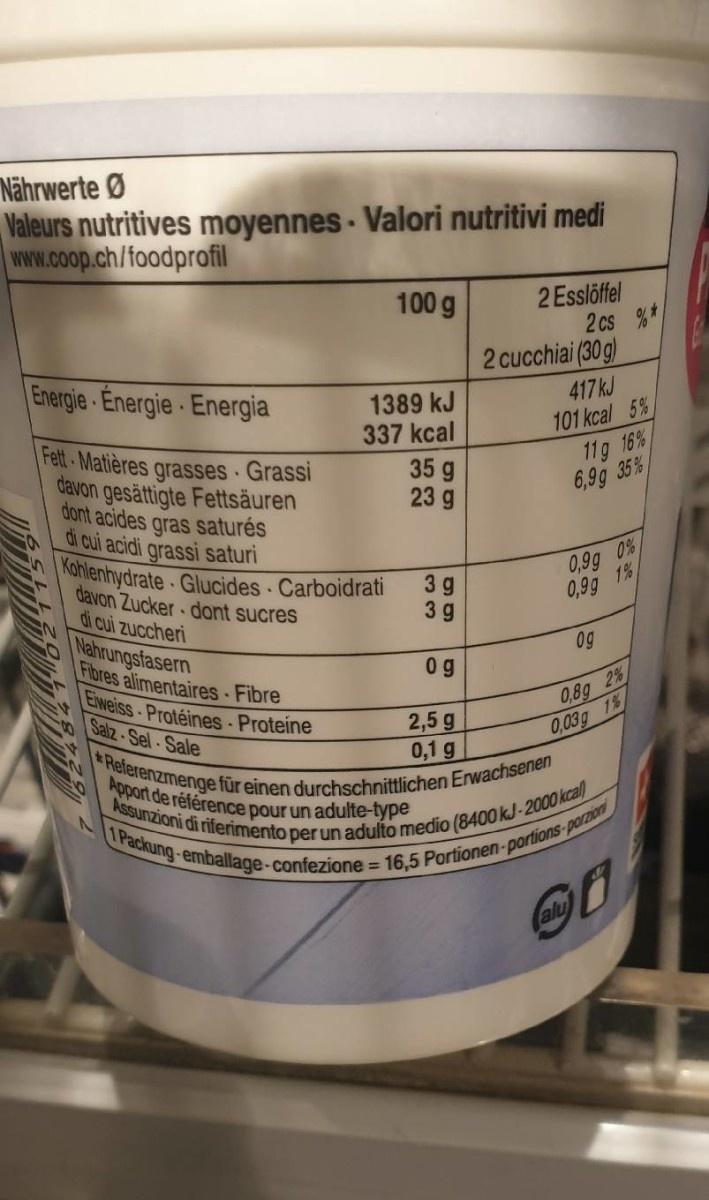
Nährwerte Ø Valeurs nutritives moyennes · Valori nutritivi medi www.coop.ch/foodprofil 2 Esslöffel 2 cs %* 2 cucchiai (30 g) 417 kJ 101 kcal 5% 100 g Energie-Energie Energia 1389 kJ 337 kcal 35 g 23 g Fett Matières grasses Grassi davon gesättigte Fettsäuren dont acides gras saturés di cui acidi grassi saturi 11g 16% 35% 6,9g 0,9g 0% 1% 0,9g Konlenhydrate Glucides Carboidrati davon Zucker dont sucres di cui zuccheri Nahrungsfasern Fibres alimentaires Fibre Eweiss-Protéines-Proteine Salz-Sel-Sale 3 g 3 9 0g 0 g 0,8g 2% 0,03g 1% 2,5 g 0,1 g Apport de référence pour un adulte-type Referenzmenge für einen durchschnittlichen Erwachsenen Assunzioni di riferimento per un adulto medio (8400 kJ-2000 kcal) 1 Packung-emballage-confezione = 16,5 Portionen-portions-porzion alu